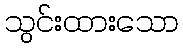
သွင်းထားသော